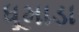
ધૂમાડા